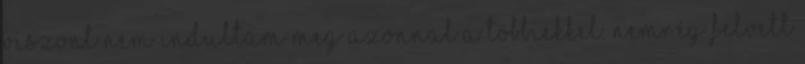
viszont nem indultam meg azonnal a többiekkel. Nemrég felvett